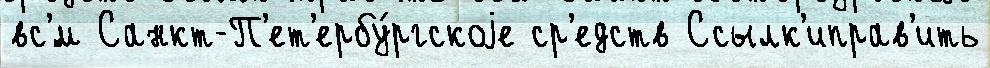
вс'́м Санкт-П'ет'ербу́ргскоjе ср'едств Ссылк'иправ'ить